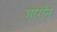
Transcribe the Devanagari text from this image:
गारॉन